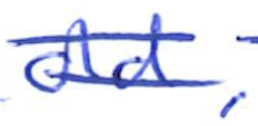
Text: old,
Cross-out: double-line
Writing tool: ballpoint